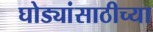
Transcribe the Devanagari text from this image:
घोड्यांसाठीच्या